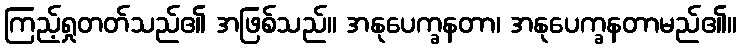
ကြည့်ရှုတတ်သည်၏ အဖြစ်သည်။ အနုပေက္ခနတာ၊ အနုပေက္ခနတာမည်၏။